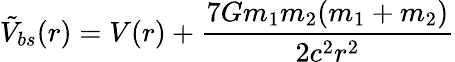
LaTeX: \tilde{V}_{bs}(r)=V(r)+{\frac{7Gm_{1}m_{2}(m_{1}+m_{2})}{2c^{2}r^{2}}}